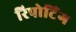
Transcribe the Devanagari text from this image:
रिपोटि॔ंग